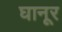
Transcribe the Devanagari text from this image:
घानूर